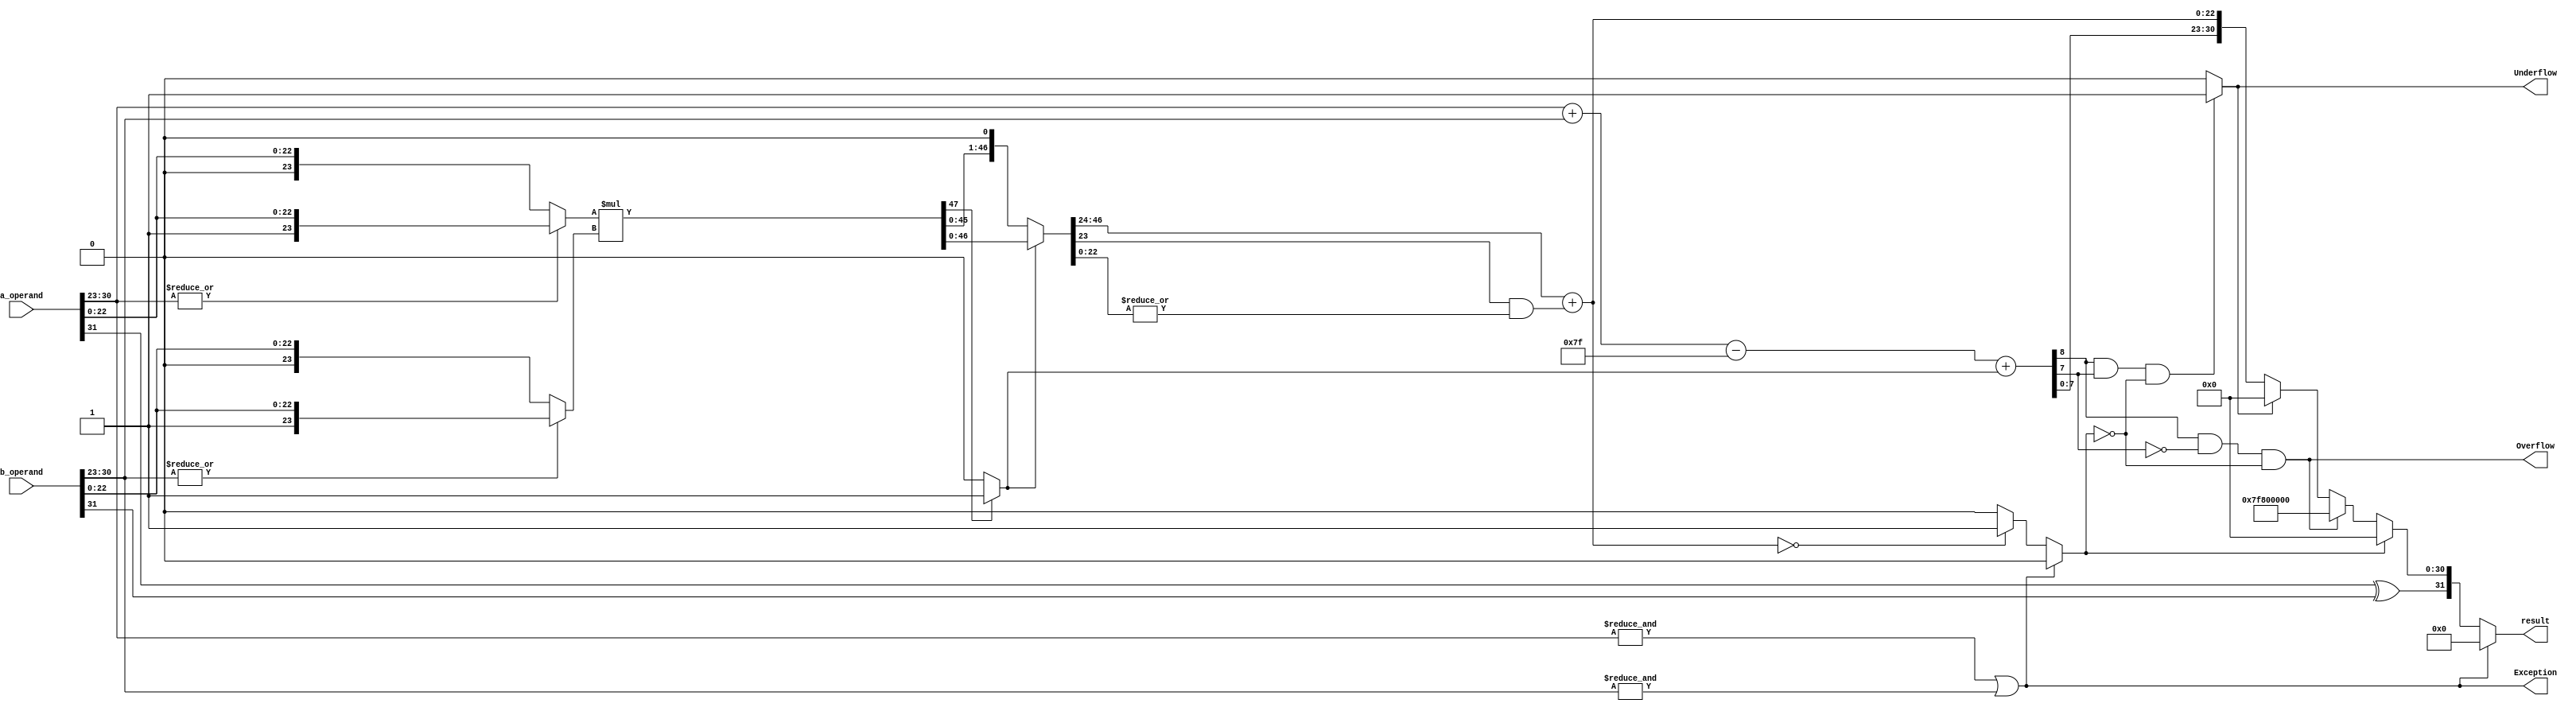
module Multiplication(
	input [31:0] a_operand,
	input [31:0] b_operand,
	output Exception,Overflow,Underflow,
	output [31:0] result
);

wire sign,product_round,normalised,zero;
wire [8:0] exponent,sum_exponent;
wire [22:0] product_mantissa;
wire [23:0] operand_a,operand_b;
wire [47:0] product,product_normalised; 


assign sign = a_operand[31] ^ b_operand[31];

assign Exception = (&a_operand[30:23]) | (&b_operand[30:23]);


assign operand_a = (|a_operand[30:23]) ? {1'b1,a_operand[22:0]} : {1'b0,a_operand[22:0]};

assign operand_b = (|b_operand[30:23]) ? {1'b1,b_operand[22:0]} : {1'b0,b_operand[22:0]};

assign product = operand_a * operand_b;			

assign product_round = |product_normalised[22:0];  

assign normalised = product[47] ? 1'b1 : 1'b0;	

assign product_normalised = normalised ? product : product << 1;	

assign product_mantissa = product_normalised[46:24] + {21'b0,(product_normalised[23] & product_round)};

assign zero = Exception ? 1'b0 : (product_mantissa == 23'd0) ? 1'b1 : 1'b0;

assign sum_exponent = a_operand[30:23] + b_operand[30:23];

assign exponent = sum_exponent - 8'd127 + normalised;

assign Overflow = ((exponent[8] & !exponent[7]) & !zero) ; 

assign Underflow = ((exponent[8] & exponent[7]) & !zero) ? 1'b1 : 1'b0; 

assign result = Exception ? 32'd0 : zero ? {sign,31'd0} : Overflow ? {sign,8'hFF,23'd0} : Underflow ? {sign,31'd0} : {sign,exponent[7:0],product_mantissa};

endmodule